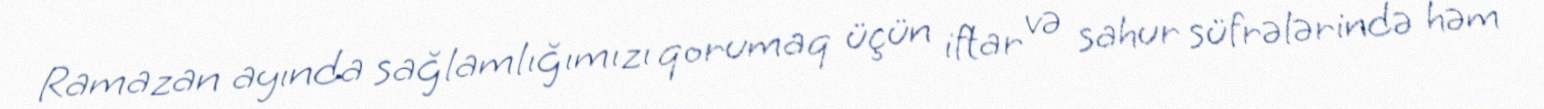
Ramazan ayında sağlamlığımızı qorumaq üçün iftar və sahur süfrələrində həm